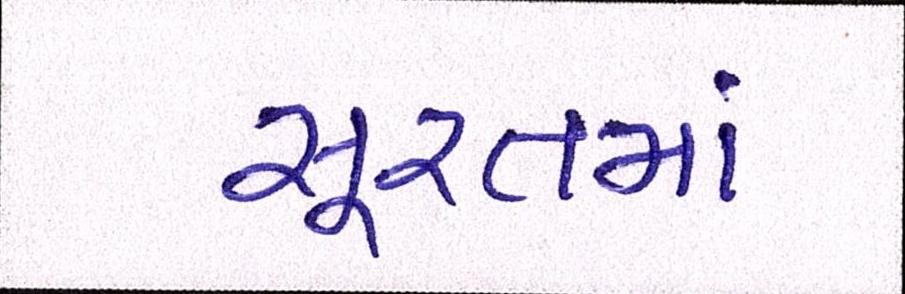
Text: સૂરતમાં